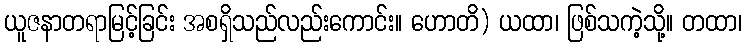
ယူဇနာတရာမြင့်ခြင်း အစရှိသည်လည်းကောင်း။ ဟောတိ) ယထာ၊ ဖြစ်သကဲ့သို့။ တထာ၊